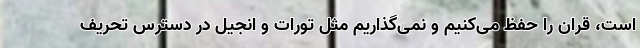
است، قران را حفظ می‌کنیم و نمی‌گذاریم مثل تورات و انجیل در دسترس تحریف